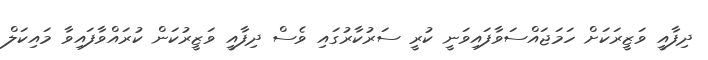
ދިފާއީ ވަޒީރަކަށް ހަމަޖައްސަވާފައިވަނީ ކުރީ ސަރުކާރުގައި ވެސް ދިފާއީ ވަޒީރުކަން ކުރައްވާފައިވާ މައިކަލް